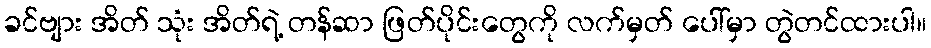
ခင်ဗျား အိတ် သုံး အိတ်ရဲ့ တန်ဆာ ဖြတ်ပိုင်းတွေကို လက်မှတ် ပေါ်မှာ တွဲတင်ထားပါ။